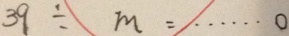
3 9 \div m = \cdots 0